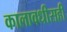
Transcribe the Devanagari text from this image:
कालावधीसही